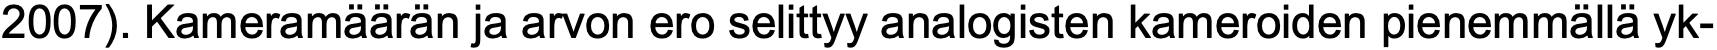
2007). Kameramäärän ja arvon ero selittyy analogisten kameroiden pienemmällä yk-